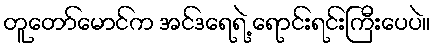
တူတော်မောင်က အင်ဒရေရဲ့ ရောင်းရင်းကြီးပေပဲ။